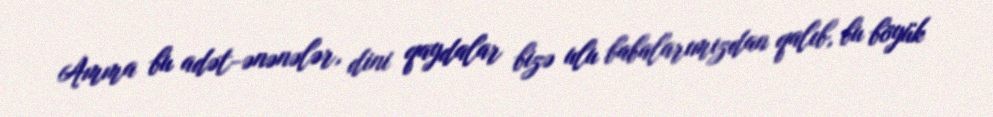
Amma bu adət-ənənələr, dini qaydalar bizə ulu babalarımızdan qalıb, bu böyük